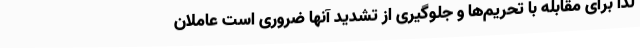
لذا برای مقابله با تحریم‌ها و جلوگیری از تشدید آنها ضروری است عاملان